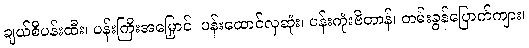
ချယ်စီပန်းထီး၊ ပန်းကြီးအမြှောင်၊ ပန်းထောင်လှဆုံး၊ ပန်းကုံးဗိတာန်၊ တမ်းခွန်ပြောက်ကျား၊